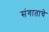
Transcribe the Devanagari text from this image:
संगाताचे